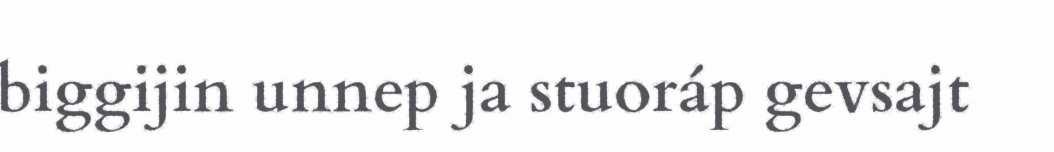
biggijin unnep ja stuoráp gevsajt